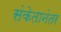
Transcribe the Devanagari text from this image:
संकेतानंतर